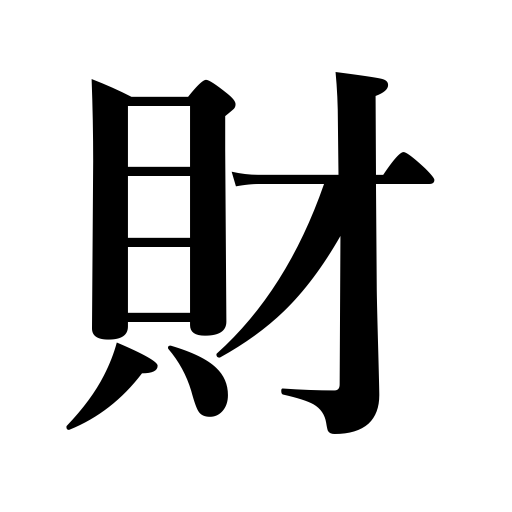
Meanings: property,wealth,assets,money